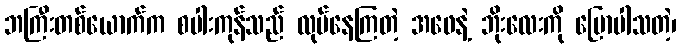
ဘကြီးတစ်ယောက်က စပါးကုန်သည် လုပ်နေကြတဲ့ အဖေနဲ့ ဘိုးလေးကို ပြောပါသတဲ့၊